Lunatic asylums Central Provinces reports 1886-1894 - 1886-1894
Year: 1886
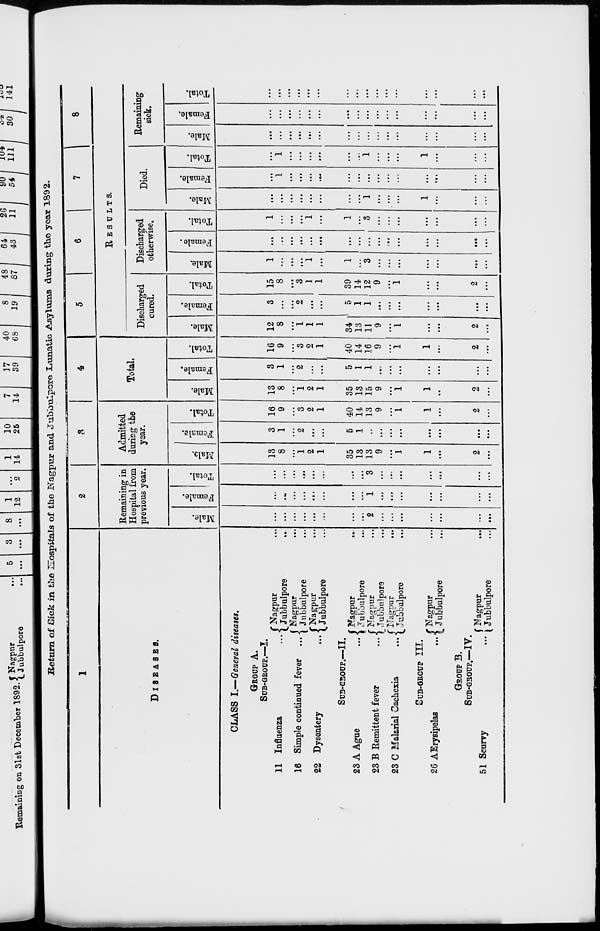
Return of Sick in the Hospitals of the Nagpur and Jubbulpore Lunatic Asylums during the year 1892.
1
DISEASES.
CLASS I.— General diseases.
GROUP A.
SUB-GROUP.—I.
11 Influenza ...
16 Simple continued fever ...
22 Dysentery ...
Nagpur ...
Jubbulpore
...
Nagpur ...
Jubbulpore ...
Nagpur ...
Jubbulpore ...
SUB-GROUP.—II.
23 A Ague
...
23 B Remittent fever
...
23 C Malarial Cachexia
...
Nagpur ...
Jubbulpore ...
Nagpur ...
Jubbulpore ...
Nagpur ...
Jubbulpore ...
SUB-GROUP III.
26 AErysipelas
... Nagpur ...
Jubbulpore ...
GROUP B.
SUB-GROUP.—.IV.
51 Scurvy
... Nagpur ...
Jubbulpore
...
2
Remaining in
Hospital from
previous year.
Male.
...
...
...
...
...
...
...
...
2
...
...
...
...
...
...
...
Female.
...
...
...
...
...
...
...
...
1
...
...
...
...
...
...
...
Total.
...
...
...
...
...
...
...
...
3
...
...
...
...
...
...
...
3
Admitted
during the
year.
Male.
13
8
...
1
2
1
35
13
13
9
...
1
1
...
2
...
Female.
3
1
...
2
...
...
5
1
...
...
...
...
...
...
...
...
Total.
16
9
...
3
2
1
40
14
13
9
...
1
1
...
2
...
4
Total.
Male.
13
8
...
1
2
1
35
13
15
9
...
1
1
...
2
...
Female.
3
1
...
2
...
...
5
1
1
...
...
...
...
...
...
...
Total.
16
9
...
3
2
1
40
14
16
9
...
1
1
...
2
...
5
6
7
8
RESULTS.
Discharged
cured.
Male.
12
8
...
1
1
1
34
13
11
9
...
1
...
...
2
...
Female.
3
...
...
2
...
...
5
1
1
...
...
...
...
...
...
...
Total.
15
8
...
3
1
1
39
14
12
9
...
1
...
...
2
...
Discharged
otherwise.
Male.
1
...
...
...
1
...
1
...
3
...
...
...
...
...
...
...
Female.
...
...
...
...
...
...
...
...
...
...
...
...
...
...
...
...
Total.
1
...
...
...
1
...
1
...
3
...
...
...
...
...
...
...
Died.
Male.
...
...
...
...
...
...
...
...
1
...
...
...
1
...
...
...
Female.
...
1
...
...
...
...
...
...
...
...
...
...
...
...
...
...
Total.
...
1
...
...
...
...
...
...
1
...
...
...
1
...
...
...
Remaining
sick.
Male.
...
...
...
...
...
...
...
...
...
...
...
...
...
...
...
...
Female.
...
...
...
...
...
...
...
...
...
...
...
...
...
...
...
...
Total.
...
...
...
...
...
...
...
...
...
...
...
...
...
...
...
...